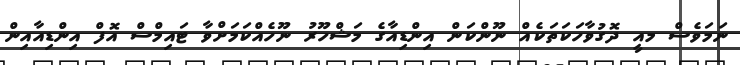
ނަމަވެސް މއީ ދޮގުވާހަކަތަކެއް ނޫންކަން އިންޑިއާގެ މަޝްހޫރު ނޫހެއްކަމަށްވާ ޓައިމްސް އޮފް އިންޑިއާއިން